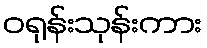
ဝရုန်းသုန်းကား